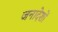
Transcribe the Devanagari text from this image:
जनादेशों